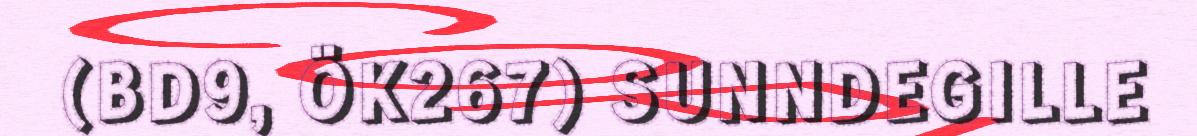
(BD9, ÖK267) SUNNDEGILLE